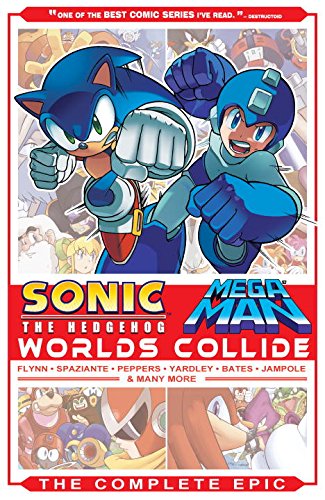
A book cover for Sonic / Mega Man: Worlds Collide: The Complete Epic; Sonic/Mega Man Scribes; Children's Books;